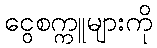
ငွေစက္ကူများကို